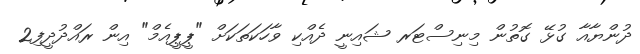
ދުންޔާއާ ގުޅޭ ގޮތުން މިނިސްޓަރ ޝައިނީ ދެއްކި ވާހަކަތަކަށް "ޕީޕީއެމް" އިން ރައްދުދީފި2